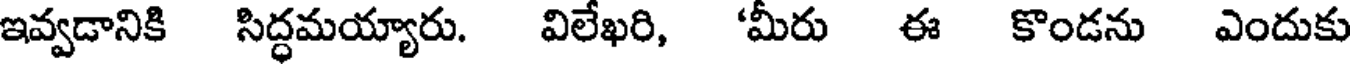
ఇవ్వడానికి సిద్ధమయ్యారు. విలేఖరి, 'మీరు ఈ కొండను ఎందుకు